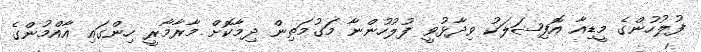
ފުލުހުންގެ މީޑިއާ އޮފިޝަލަކު ވިދާޅުވީ ފުލުހުންނާ މަގުމަތިން ދިމާކޮށް މާރާމާރީ ހިންގައި އާއްމުންގެ